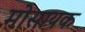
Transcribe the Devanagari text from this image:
मोसायक